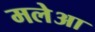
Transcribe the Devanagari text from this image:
मलेआ